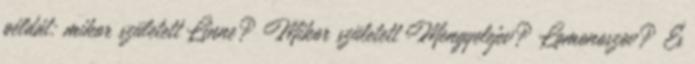
példát: mikor született Linne? Mikor született Mengyelejev? Lomonoszov? És